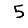
Digit: 5